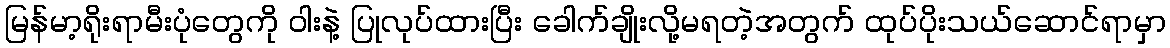
မြန်မာ့ရိုးရာမီးပုံတွေကို ဝါးနဲ့ ပြုလုပ်ထားပြီး ခေါက်ချိုးလို့မရတဲ့အတွက် ထုပ်ပိုးသယ်ဆောင်ရာမှာ